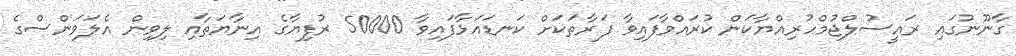
ގާނޫނުގައި ރައީސުލްޖުމްހުރިއްޔާކަން ކުރައްވާފައިވާ ފަރާތަކަށް ކަނޑައަޅާފައިވާ 50000 ރުފިޔާގެ އިނާޔަތާއި ލިވިން އެލަވަންސްގެ